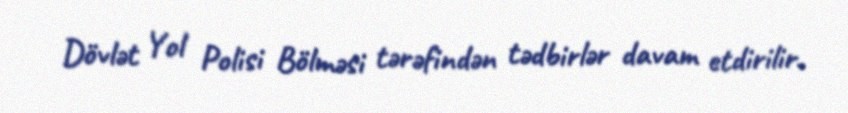
Dövlət Yol Polisi Bölməsi tərəfindən tədbirlər davam etdirilir.